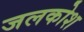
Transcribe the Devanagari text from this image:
जलकोश